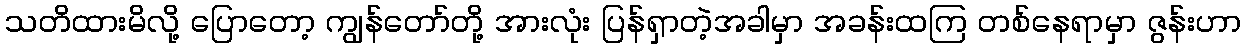
သတိထားမိလို့ ပြောတော့ ကျွန်တော်တို့ အားလုံး ပြန်ရှာတဲ့အခါမှာ အခန်းထကြ တစ်နေရာမှာ ဇွန်းဟာ